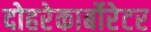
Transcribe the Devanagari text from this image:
दोहरेकार्बोरेटर